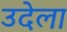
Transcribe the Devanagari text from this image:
उदेला